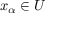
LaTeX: x _ { \alpha } \in U